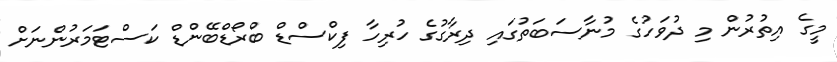
މީގެ އިތުރުން މި ދުވަހުގެ މުނާސަބަތުގައި ދިރާގުގެ ހުރިހާ ފިކްސްޑް ބްރޯޑްބޭންޑް ކަސްޓަމަރުންނަށް